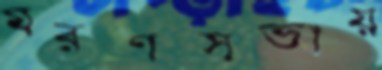
স্মরণসভায়